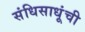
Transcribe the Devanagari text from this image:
संधिसाधूंची